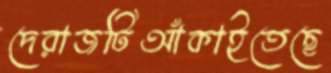
দেরাজটিআঁকাইতেছে